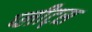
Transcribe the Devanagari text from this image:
प्लीट्स